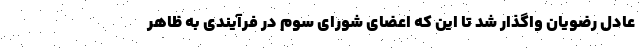
عادل رضویان واگذار شد تا این که اعضای شورای سوم در فرآیندی به ظاهر